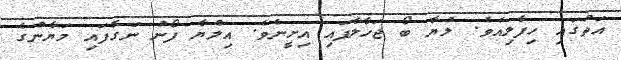
އަތުގައި ހިފާލިއެވެ. ލުޔާ ބޯ ޖަހާލާފައި އިށީނެވެ. އިލްޔާ ފޯނު ނަގާފައި މަޔާންގެ